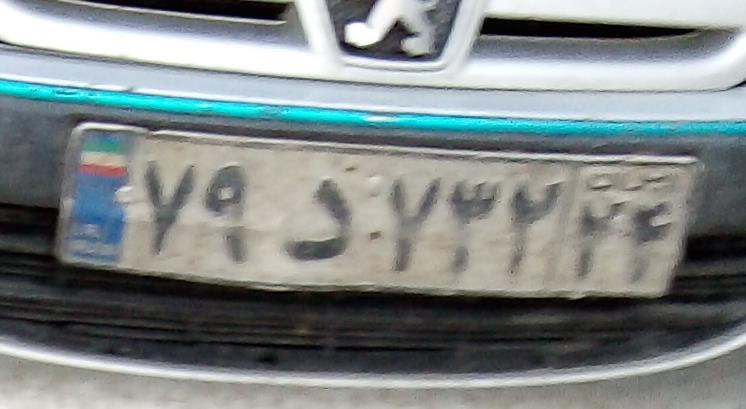
۷۹د۷۳۲۲۴